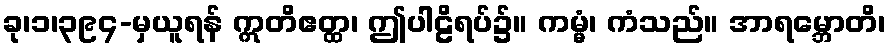
ခု၊၁၊၃၉၄-မှယူရန် ဣတိဧတ္ထ၊ ဤပါဠိရပ်၌။ ကမ္မံ၊ ကံသည်။ အာရမ္ဘောတိ၊